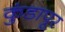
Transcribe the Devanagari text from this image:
कुंडापूर